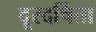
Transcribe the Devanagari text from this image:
दूरदर्षिता